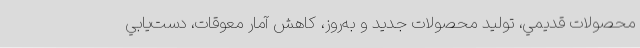
محصولات قديمي، توليد محصولات جديد و به‌روز، كاهش آمار معوقات، دست­يابي